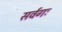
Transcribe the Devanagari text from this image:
सर्वगः